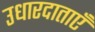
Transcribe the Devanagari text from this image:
उधारदाताएँ